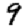
Digit: 9